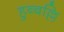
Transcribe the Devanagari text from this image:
हुब्बल्लि